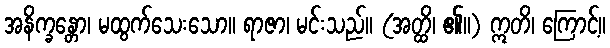
အနိက္ခန္တော၊ မထွက်သေးသော။ ရာဇာ၊ မင်းသည်။ (အတ္ထိ၊ ၏။) ဣတိ၊ ကြောင့်။